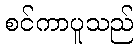
စင်ကာပူသည်